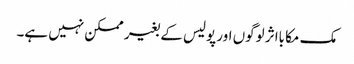
مک مکا بااثر لوگوں اور پولیس کے بغیر ممکن نہیں ہے۔